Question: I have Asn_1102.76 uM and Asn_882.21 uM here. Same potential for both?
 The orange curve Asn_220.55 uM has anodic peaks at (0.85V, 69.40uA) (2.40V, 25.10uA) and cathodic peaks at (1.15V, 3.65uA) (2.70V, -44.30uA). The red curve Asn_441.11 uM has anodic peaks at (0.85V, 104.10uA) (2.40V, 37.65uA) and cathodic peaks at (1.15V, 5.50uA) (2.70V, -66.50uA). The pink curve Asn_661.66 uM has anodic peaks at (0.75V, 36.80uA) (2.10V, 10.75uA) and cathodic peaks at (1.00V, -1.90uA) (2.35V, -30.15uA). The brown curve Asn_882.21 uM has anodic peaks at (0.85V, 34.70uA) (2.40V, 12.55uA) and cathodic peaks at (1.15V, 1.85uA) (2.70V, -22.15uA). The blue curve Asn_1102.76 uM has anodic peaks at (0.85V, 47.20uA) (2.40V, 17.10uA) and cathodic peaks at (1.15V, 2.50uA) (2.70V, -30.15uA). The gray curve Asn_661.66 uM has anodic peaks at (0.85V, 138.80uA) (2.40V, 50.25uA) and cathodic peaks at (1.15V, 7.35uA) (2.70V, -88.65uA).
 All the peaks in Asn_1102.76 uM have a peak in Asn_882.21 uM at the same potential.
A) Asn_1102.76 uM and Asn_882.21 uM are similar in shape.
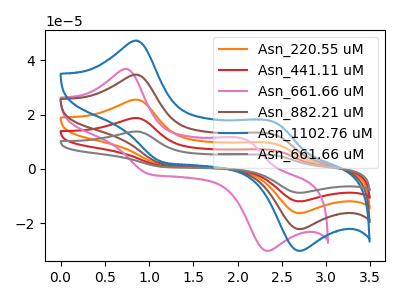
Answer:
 <answer>A) "Asn_1102.76 uM" and "Asn_882.21 uM" are similar in shape.</answer>
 <eval>A</eval>